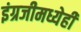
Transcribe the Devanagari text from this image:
इंग्रजीमध्येही